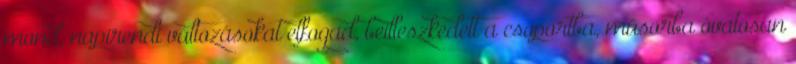
mond, napirendi változásokat elfogad, beilleszkedett a csoportba, műsorba óvatosan